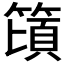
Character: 𰪕